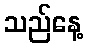
သည်နေ့